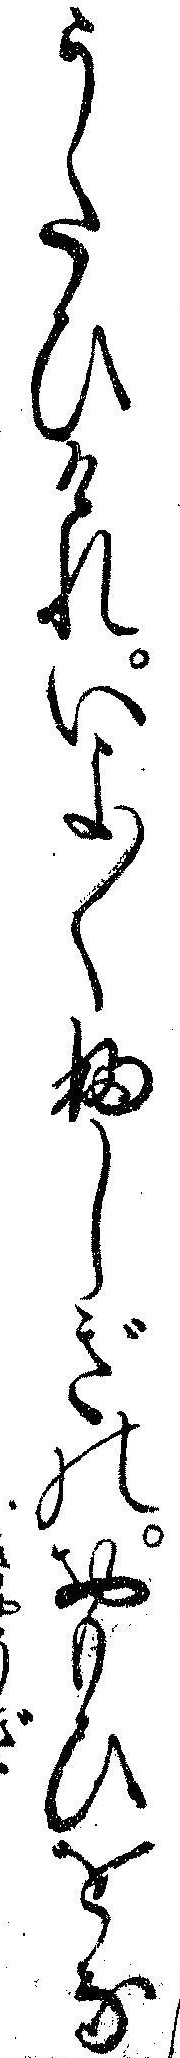
うたひけれいよ〱ふしぎのおもひをな